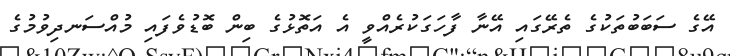
އޭގެ ސަބަބުތަކުގެ ތެރޭގައި އޭނާ ފާހަގަކުރެއްވީ އެ އަތޮޅުގެ ބިން ބޮޑުވެފައި މުއްސަނދިވުމުގެ